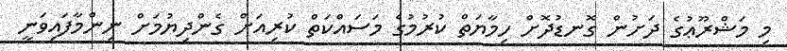
މި މަޝްރޫޢުގެ ދަށުން ގޮނޑުދޮށް ހިމާޔަތް ކުރުމުގެ މަސައްކަތް ކުރިއަށް ގެންދިޔުމަށް ނިންމާފައިވަނީ